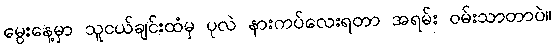
မွေးနေ့မှာ သူငယ်ချင်းထံမှ ပုလဲ နားကပ်လေးရတာ အရမ်း ဝမ်းသာတာပဲ။